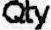
QTY